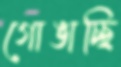
গোঙাচ্ছি